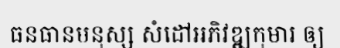
ធនធានមនុស្ស សំដៅអភិវឌ្ឍកុមារ ឲ្យ